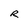
Character: R